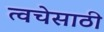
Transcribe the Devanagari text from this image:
त्वचेसाठी